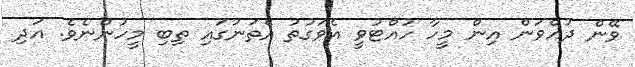
ވޭން ދުއްވަން އިން މީހާ ހުއްޓުވީ އެވަގުތު އެތަނުގައި ތިބި މީހުންނެވެ. އަދި